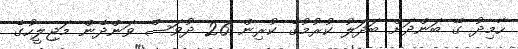
ހާމިދު ގޭ ބަންދަށް ބަދަލު ކުރުމުގެ ކުރިން 26 ދުވަސް ވަންދެން މަޖިލީހުގެ